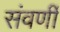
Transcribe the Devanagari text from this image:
संवर्णी